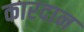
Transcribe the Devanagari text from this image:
कारदान